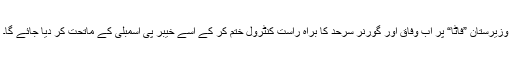
وزیرستان ”فاٹا“ پر اب وفاق اور گورنر سرحد کا براہ راست کنٹرول ختم کر کے اسے خیبر پی اسمبلی کے ماتحت کر دیا جائے گا۔